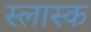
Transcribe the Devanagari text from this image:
स्लास्क